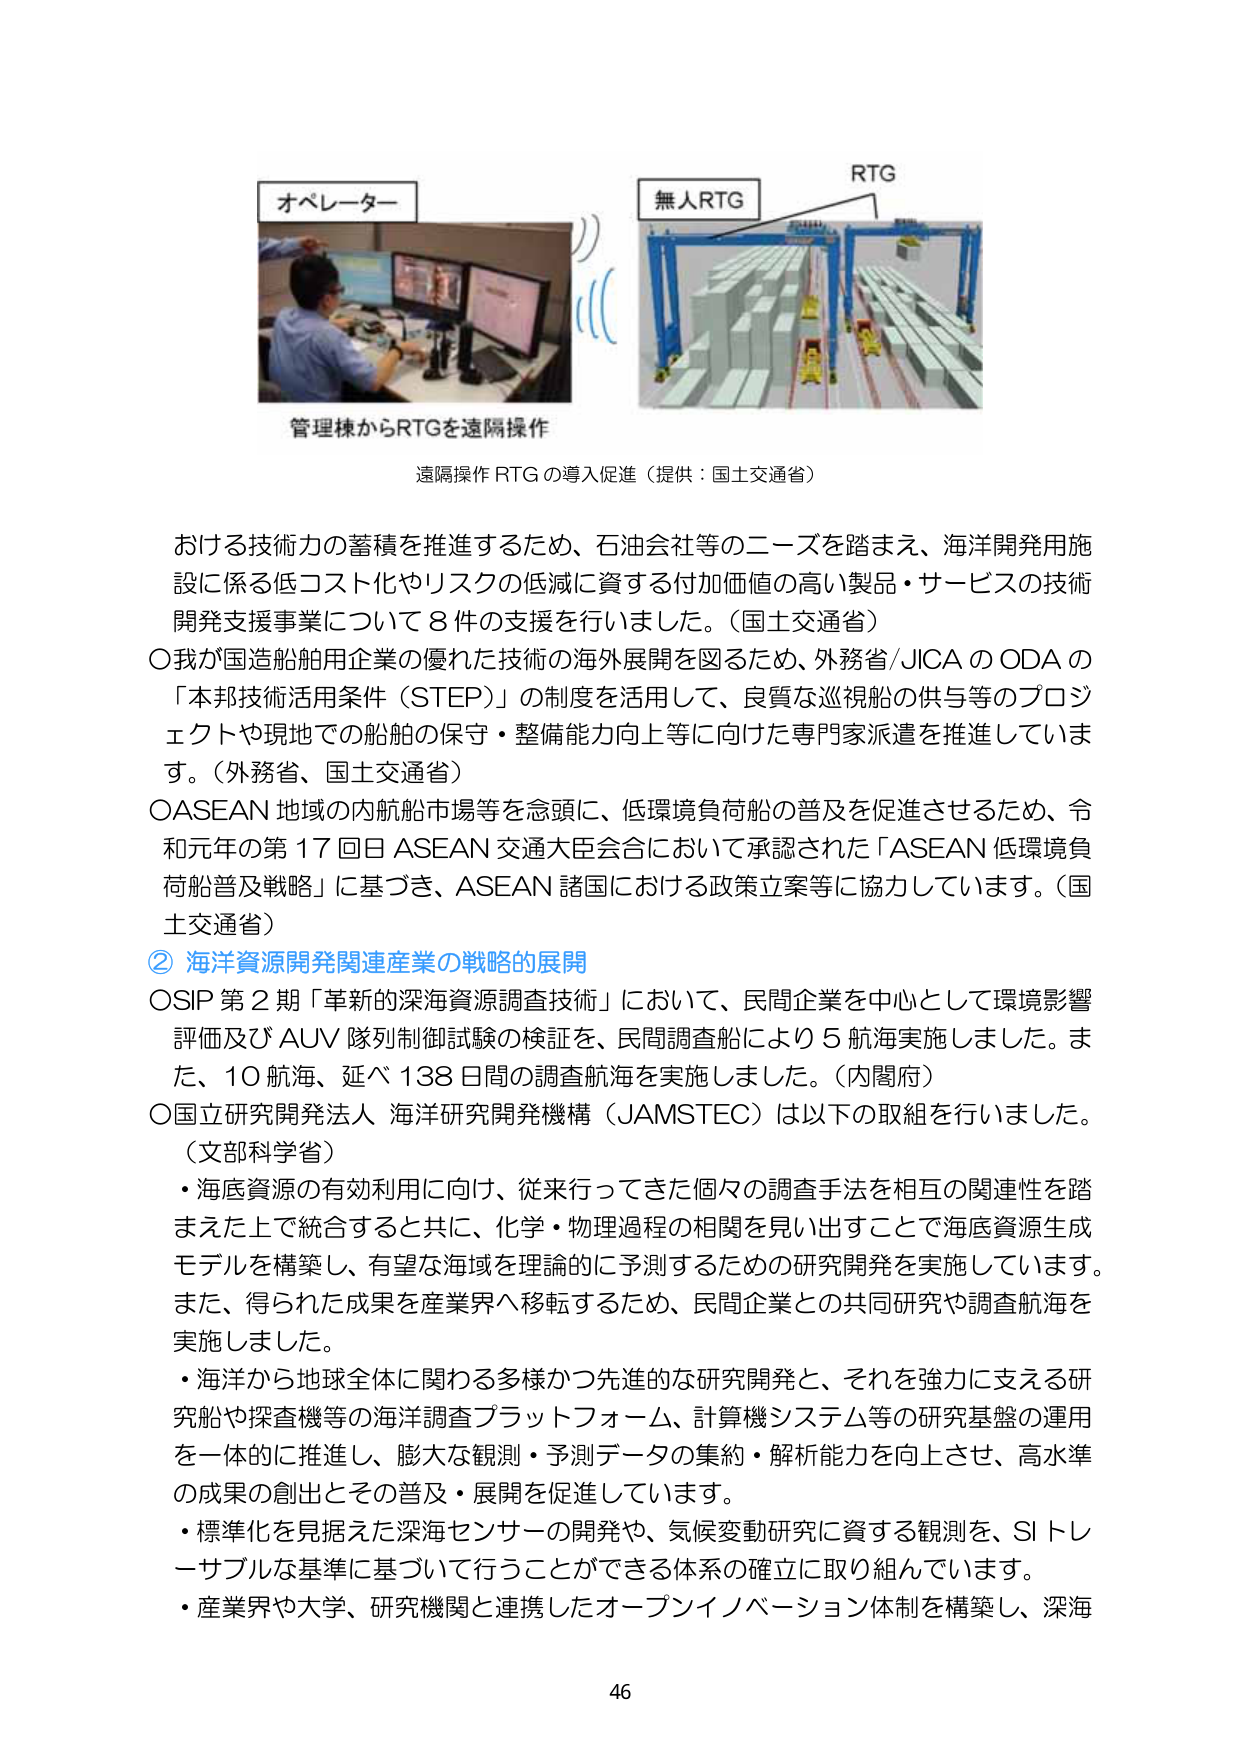
オペレーター
無人RTG
RTG
管理棟からRTGを遠隔操作
遠隔操作 RTG の導入促進（提供：国土交通省）
おける技術の蓄積を推進するため、石油会社等のニーズを踏まえ、海洋開発用施設に係る低コスト化やリスクの低減に資する付加価値の高い製品・サービスの技術開発支援事業について8件の支援を行いました。（国土交通省）
○我が国造船舶用企業の優れた技術の海外展開を図るため、外務省/JICAのODAの「本邦技術活用条件（STEP）」の制度を活用して、良質な巡視船の供与等のプロジェクトや現地での船舶の保守・整備能力向上等に向けた専門家派遣を推進しています。（外務省、国土交通省）
○ASEAN地域の内航船市場等を念頭に、低環境負荷船の普及を促進させるため、令和元年の第17回日ASEAN交通大臣会合において承認された「ASEAN低環境負荷船普及戦略」に基づき、ASEAN諸国における政策立案等に協力しています。（国土交通省）
② 海洋資源開発関連産業の戦略的展開
OSIP第2期「革新的深海資源調査技術」において、民間企業を中心として環境影響評価及びAUV隊列制御試験の検証を、民間調査船により5航海実施しました。また、10航海、延べ138日間の調査航海を実施しました。（内閣府）
○国立研究開発法人 海洋研究開発機構（JAMSTEC）は以下の取組を行いました。（文部科学省）
・海底資源の有効利用に向け、従来行ってきた個々の調査手法を相互の関連性を踏まえた上で統合すると共に、化学・物理過程の相関を見出すことで海底資源生成モデルを構築し、有望な海域を理論的に予測するための研究開発を実施しています。また、得られた成果を産業界へ移転するため、民間企業との共同研究や調査航海を実施しました。
・海洋から地球全体に関わる多様かつ先進的な研究開発と、それを強力に支える研究船や探査機等の海洋調査プラットフォーム、計算機システム等の研究基盤の運用を一体的に推進し、膨大な観測・予測データの集約・解析能力を向上させ、高水準の成果の創出とその普及・展開を促進しています。
・標準化を見据えた深海センサーの開発や、気候変動研究に資する観測を、SIトレーサブルな基準に基づいて行うことができる体系の確立に取り組んでいます。
・産業界や大学、研究機関と連携したオープンイノベーション体制を構築し、深海
46